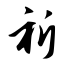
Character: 祈